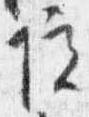
院